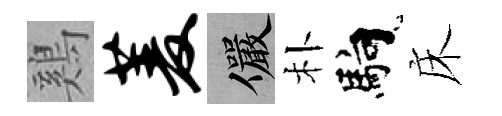
鷄菱儼朴馿床